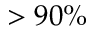
> 9 0 \%